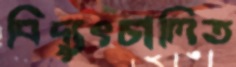
বিদ্যুৎচালিত